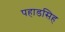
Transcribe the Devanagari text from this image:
पहाडसिह